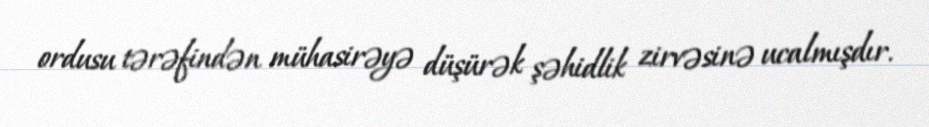
ordusu tərəfindən mühasirəyə düşürək şəhidlik zirvəsinə ucalmışdır.